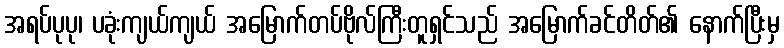
အရပ်ပုပု၊ ပခုံးကျယ်ကျယ် အမြောက်တပ်ဗိုလ်ကြီးတူရှင်သည် အမြောက်ခင်တိတ်၏ နောက်ပြီးမှ